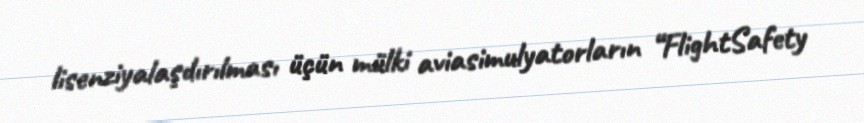
lisenziyalaşdırılması üçün mülki aviasimulyatorların “FlightSafety